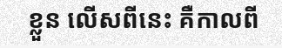
ខ្លួន លើសពីនេះ គឺកាលពី